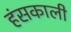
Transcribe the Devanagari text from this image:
हंसकाली